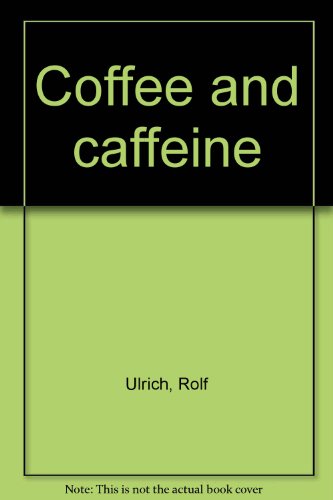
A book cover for COFFEE AND CAFFEINE.; Dr. Med. Rolf (trans Janet Ellingham). Ulrich; Health, Fitness & Dieting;